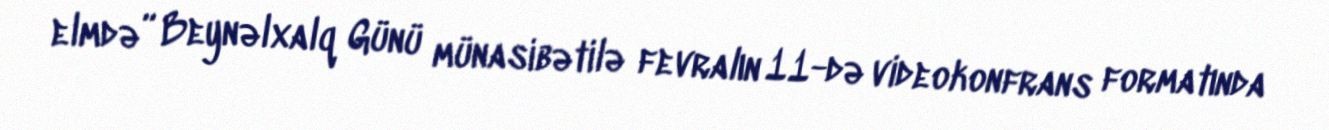
elmdə” Beynəlxalq Günü münasibətilə fevralın 11-də videokonfrans formatında